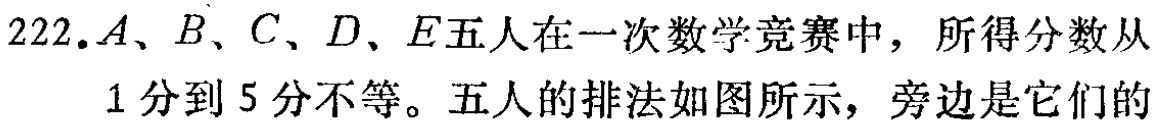
222.$A、B、C、D、E$五人在一次数学竞赛中，所得分数从

1分到5分不等。五人的排法如图所示，旁边是它们的